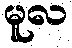
မူလ